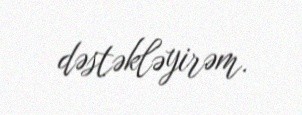
dəstəkləyirəm.